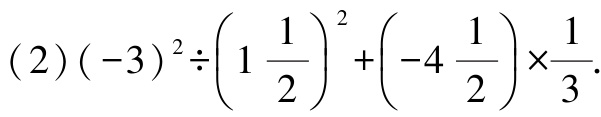
\((2)(-3)^{2}\div\left(1\frac{1}{2}\right)^{2}+\left(-4\frac{1}{2}\right)\times\frac{1}{3}\)